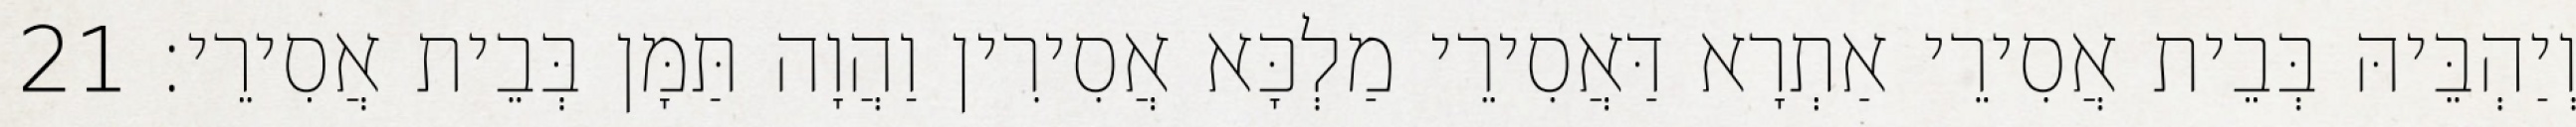
וְיַהְבֵּיהּ בְּבֵית אֲסִירֵי אַתְרָא דַּאֲסִירֵי מַלְכָּא אֲסִירִין וַהֲוָה תַּמָּן בְּבֵית אֲסִירֵי׃ 21